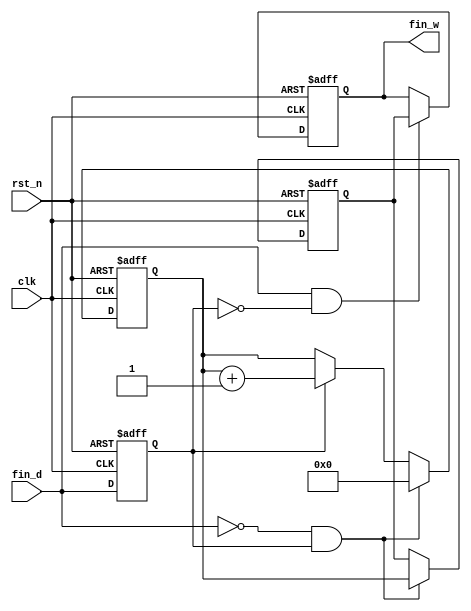
module atf(    //aotu track frequency
    clk    ,
    rst_n  ,
    fin_d  ,
    fin_w      
    );

    input               clk       ;
    input               rst_n     ;
    input               fin_d     ;

    output reg [15:0]   fin_w     ;

    reg [15:0]          cnt       ;
    reg                 fin_ff0   ; 
    reg [15:0]          cnt_reg   ; 

    wire                fin_p_flag; 
    wire                fin_n_flag; 

    always  @(posedge clk or negedge rst_n)begin    
        if(rst_n==1'b0)begin
            fin_ff0 <= 1'b0;
        end
        else begin
            fin_ff0 <= fin_d;
        end
    end

    assign fin_p_flag = (fin_d==1)&&(fin_ff0==0); 
    assign fin_n_flag = (fin_d==0)&&(fin_ff0==1);
    
    always@(posedge clk or negedge rst_n)begin  
        if(rst_n==1'b0)begin
            cnt <= 1'b0;
        end
        else if(fin_n_flag==1) begin   
            cnt <= 1'b0;
        end
        else if(fin_ff0==1) begin       
            cnt <= cnt + 1'b1;
        end
        else begin
            cnt <= cnt;
        end
    end

    always  @(posedge clk or negedge rst_n)begin    
        if(rst_n==1'b0)begin
            cnt_reg <= 1'b0;
        end
        else if(fin_n_flag==1) begin   
            cnt_reg <= cnt;
        end
        else begin
            cnt_reg <= cnt_reg;
        end
    end

    always  @(posedge clk or negedge rst_n)begin   
        if(rst_n==1'b0)begin
            fin_w <= 1'b0;
        end
        else if(fin_p_flag==1) begin    
            fin_w <= cnt_reg;
        end
        else begin
            fin_w <= fin_w;
        end
    end

    endmodule